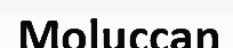
Moluccan